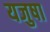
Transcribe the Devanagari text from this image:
यजुषा